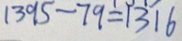
1 3 9 5 - 7 9 = 1 3 1 6